Maemoisa_(Sinalepa)_vallavalitsus, lk 6
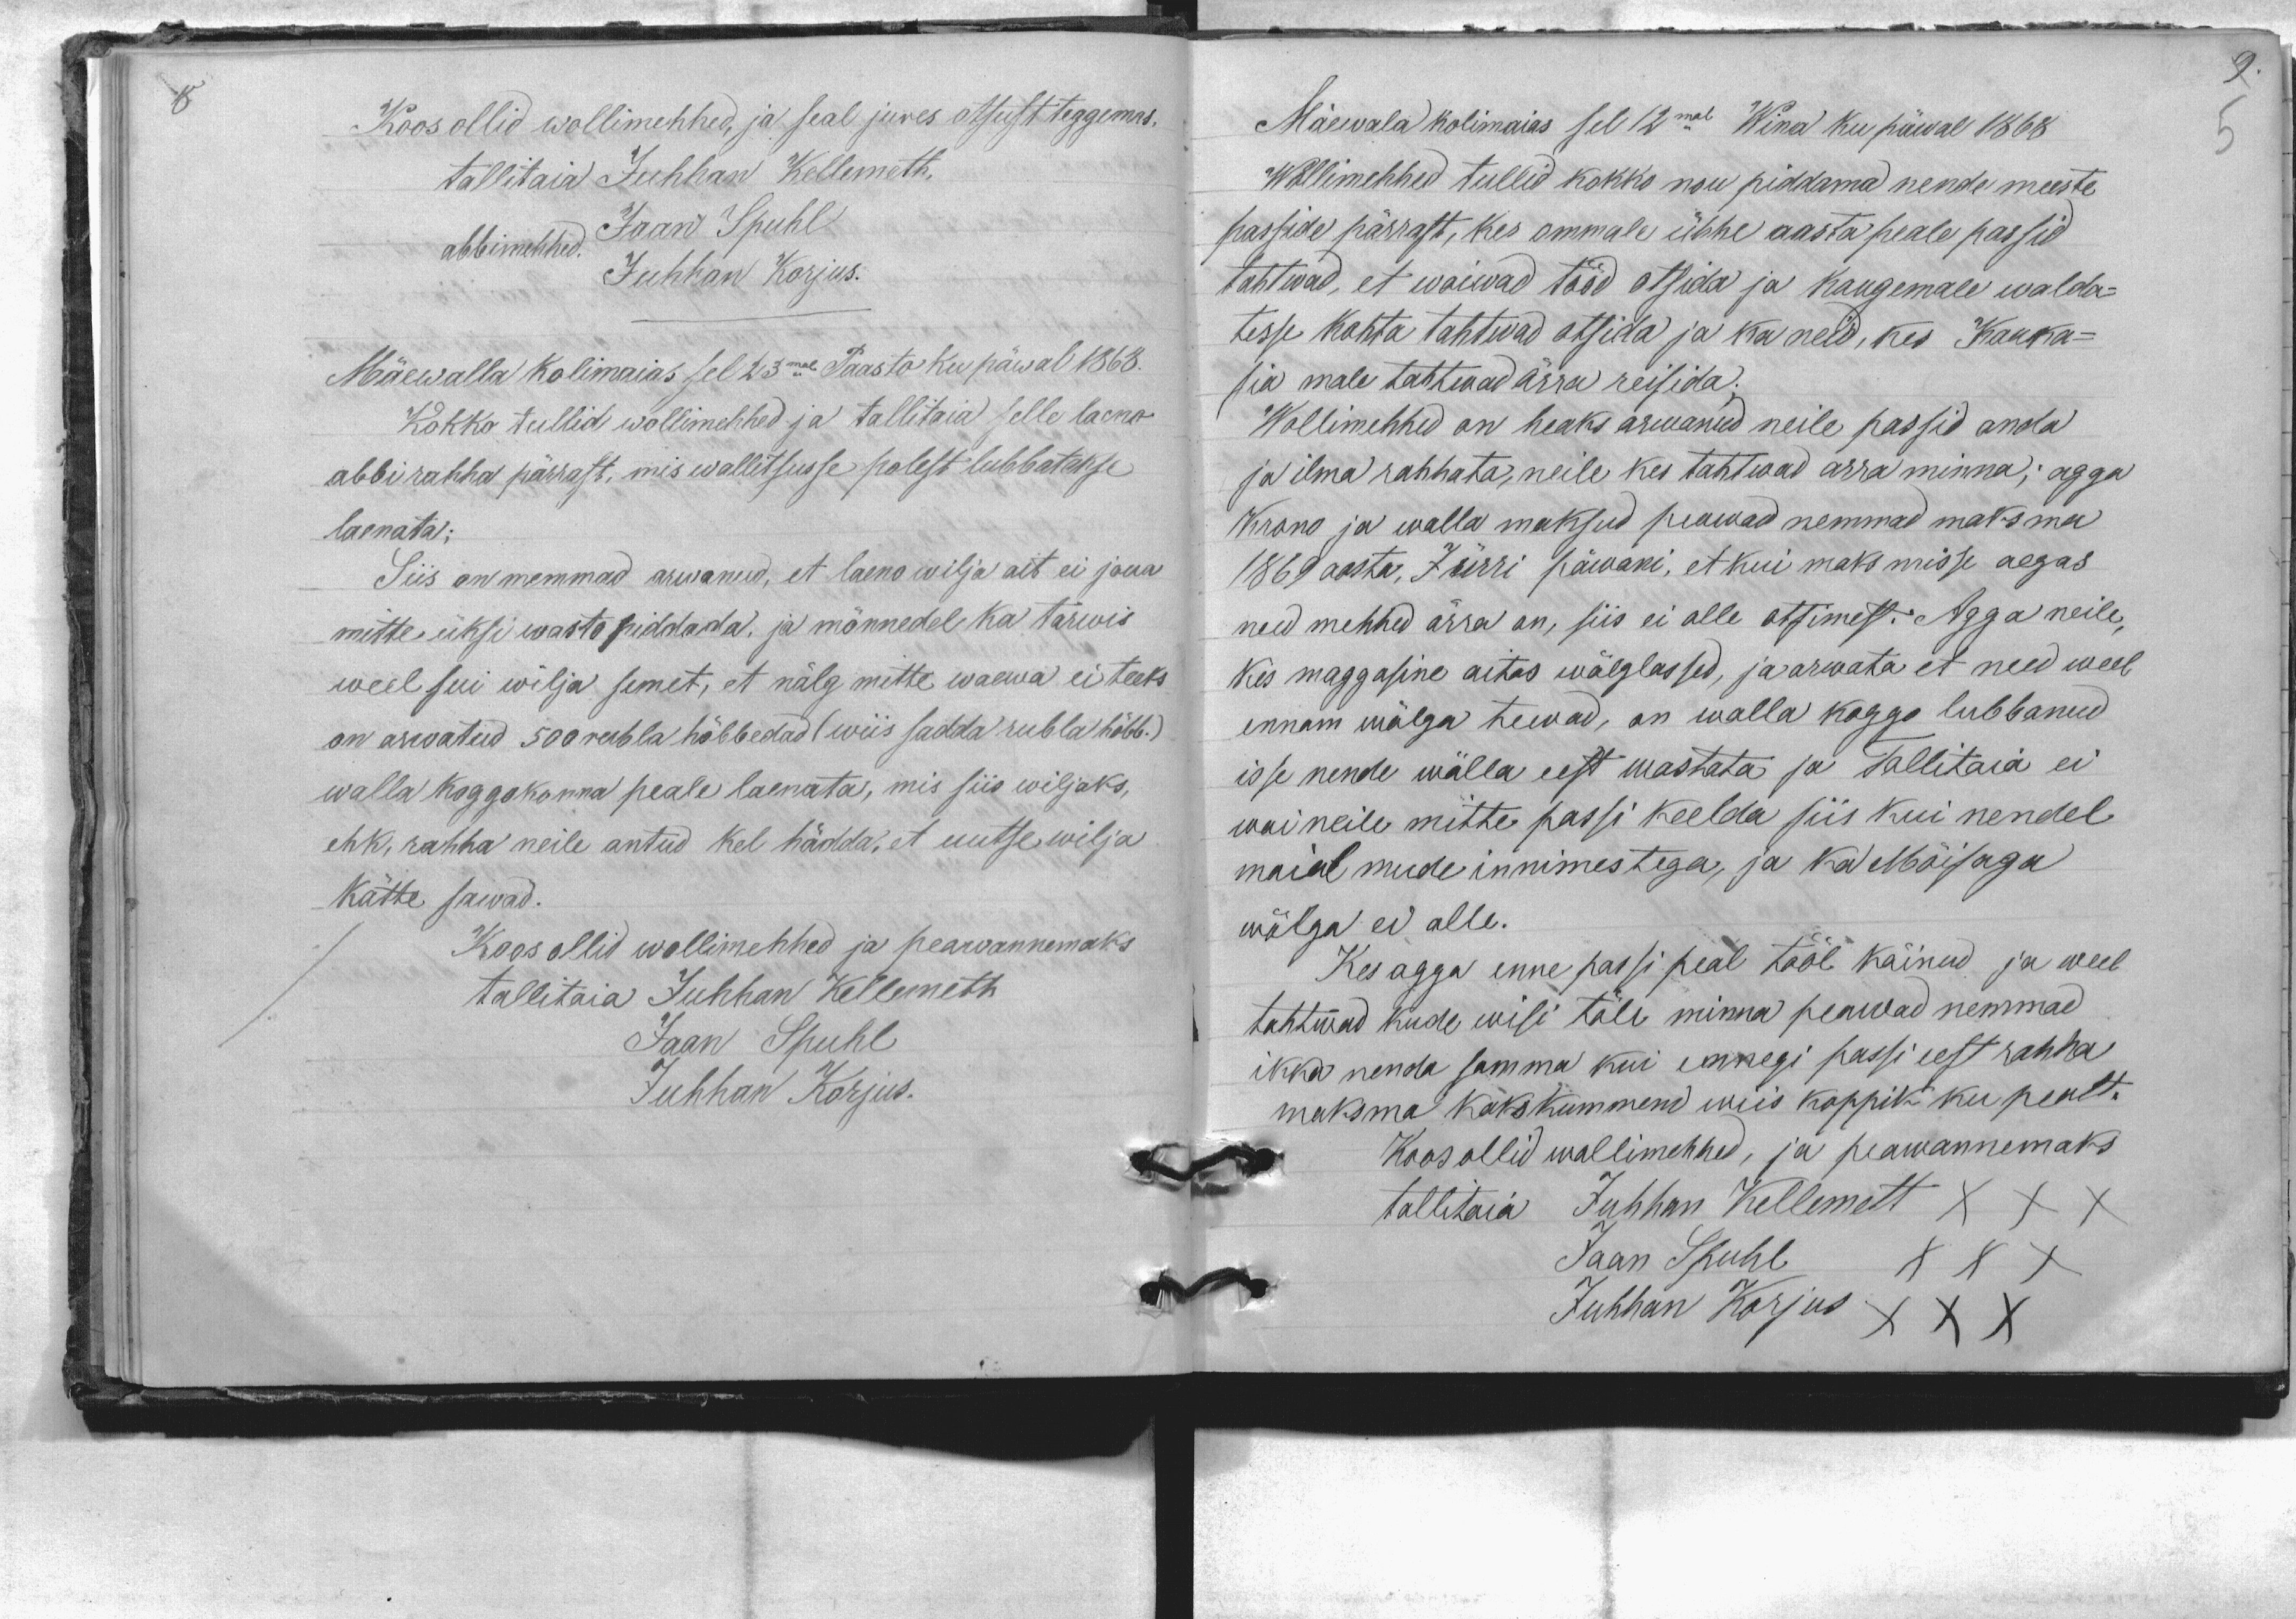
Koos ollid wollimehhed, ja seal jures otsust teggemas.
tallitaia Juhhan Kellemett.
abbimehhed. Jaan Spuhl
Juhhan Korjus.
Mäewalla Kolimaias sel 23mal Paasto ku päwal 1868.
Kokko tullid wollimehhed ja tallitaja selle laeno
abbirahha pärrast, mis wallitsusse polest lubbatakse
laenata;
Siis on memmad arwanud, et laeno wilja ait ei jõua
mitte üksi wasto piddada, ja mõnnedel ka tarwis
weel sai wilja semet, et nälg mitte waewa ei teeks
on arwatud 500 rubla hõbbedad wiis sadda rubla hõbb.)
walla koggokonna peale laenata, mis siis wiljaks,
ehk, rahha neile antud kel hädda, et uutse wilja
kätte sawad.
Koos ollid wollimehhed ja peawannemaks
tallitaia Juhhan Kellemett
Jaan Spuhl
Juhhan Korjus.

Mäewala kolimaias sel 12mal Wina ku päwal 1868
Wollimehhed tullid kokko nou piddama nende meeste
passide pärrast, kes ommale ühhe aasta peale passid
tahtwad, et woiwad tööd otsida ja kaugemale walda-
tesse kohta tahtwad otsida ja ka neid, kes Kauka-
sia male tahtwad ärra reisida;
Wollimehhed on heaks arwanud neile passid anda
ja ilma rahhata, neile kes tahtwad ärra minna; agga
Krono ja walla maksud peawad nemmad maksma
1869 aasta, Jürri päwani, et kui maksmisse aegas
need mehhed ärra on, siis ei olle otsimest: Agga neile,
Kes maggasine aitas wõlglassed, ja arwata et need weel
ennam wõlga teewad, on walla koggo lubbanud
isse nende wõlla eest wastata ja Tallitaia ei
woi neile mitte passi keelda siis kui nendel
maial mude innimestega, ja ka Mõisaga
wõlga ei olle.
Kes agga enne passi peal tööl käinud ja weel
tahtwad kude wisi töle minna peawad nemmad
ikka nenda samma kui ennegi passi eest rahha
maksma kakskümmend wiis koppik ku pealt.
Koos ollid wollimehhed, ja peawannemaks
tallitaia Juhhan Kellemett XXX
Jaan Spuhl XXX
Juhhan Korjus XXX